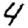
Digit: 4